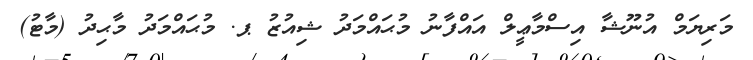
މަރިޔަމް އުނޫޝާ އިސްމާޢީލް އައްފާނު މުޙައްމަދު ޝިއުޒު ޕ. މުޙައްމަދު މާޙިދު (މާޓު)